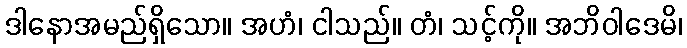
ဒါနောအမည်ရှိသော။ အဟံ၊ ငါသည်။ တံ၊ သင့်ကို။ အဘိဝါဒေမိ၊